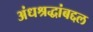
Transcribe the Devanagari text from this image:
अंधश्रद्धांबद्दल